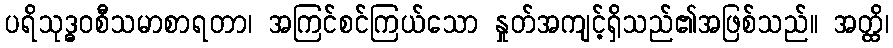
ပရိသုဒ္ဓဝစီသမာစာရတာ၊ အကြင်စင်ကြယ်သော နှုတ်အကျင့်ရှိသည်၏အဖြစ်သည်။ အတ္ထိ၊